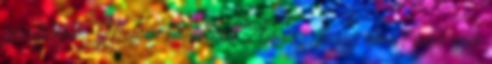
gondolatai: Milyen bátor volt Ámósz, hogy elment úgy egy